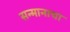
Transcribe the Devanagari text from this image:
सन्मानाचा